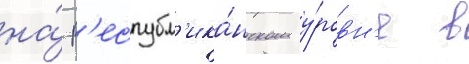
на́ р'еспубл'ика́нском у́ровн'е в